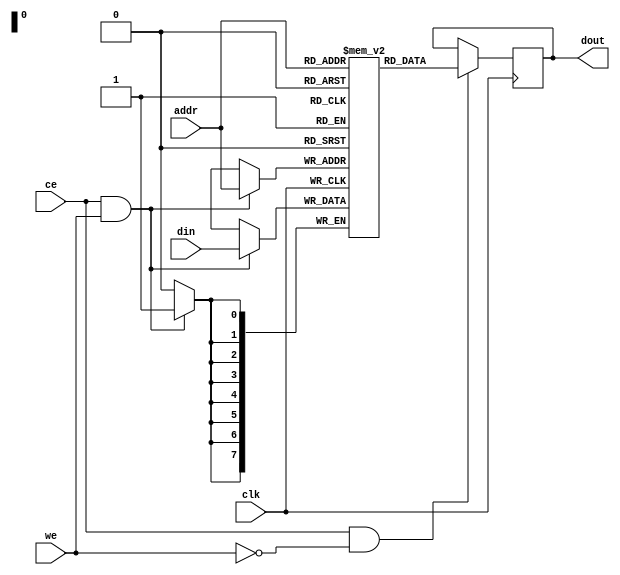
// ================================================================ 
// Verilog Mini Demo Project 
//  
// Licensed under the MIT License.
// 
// github  : https://github.com/ic7x24/verilog-mini-demo 
// ================================================================

module mini_sp_ram #(
    parameter ADDR_BITS=8
)(    
    input             clk,
    input      [ 7:0] addr,
    input      [ 7:0] din,
    input             ce,
    input             we,
    output reg [ 7:0] dout
);

localparam MEM_DEPTH= 1<<ADDR_BITS;

reg [7:0] mem[MEM_DEPTH-1:0];

// synopsys_translate_off
integer i;
initial begin
    for(i=0; i<MEM_DEPTH;i=i+1) begin
        mem[i] = 8'h00;
    end
end
// synopsys_translate_on

always @(posedge clk) begin
    if(ce & we) begin
        mem[addr] = din;
    end
end

always @(posedge clk) begin
    if(ce && (!we)) begin
        dout <= mem[addr];
    end
end

endmodule